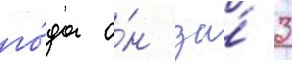
го́да о́н за́ 3